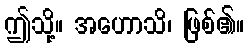
ဤသို့။ အဟောသိ၊ ဖြစ်၏။